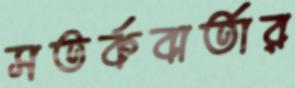
সতর্কবার্তার